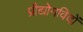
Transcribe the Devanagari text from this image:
प्रौद्योगविदों